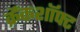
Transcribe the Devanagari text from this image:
क्रैंकशॉफ्ट